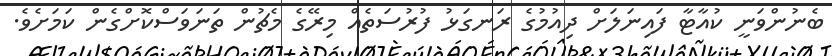
ބެނުންވަނީ ކުއާޓާ ފައިނަލަށް ދިއުމުގެ ރަނގަޅު ފުރުސަތެއް މިރޭގެ މެޗުން ތަނަވަސްކޮށްގެން ކަމަށެވެ.